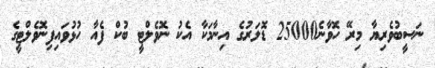
ނަސީބުވެރިޔާ މިރޭ ހޮވާނެ25000 ޑޮލަރުގެ އިނާމަކާ އެކު ނޮވެލްޓީ ބުކް ފެއާ ހުޅުވައިފިނޮވެލްޓީގެ